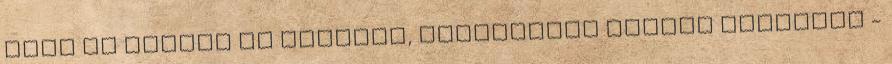
azok is csupán az eredeti, Aranyhajas verzió átiratai -